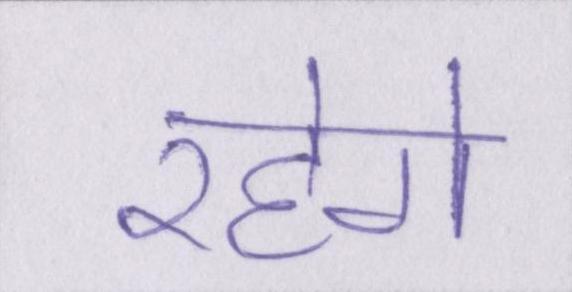
रहेगे